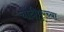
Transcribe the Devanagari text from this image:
चांदीपूरच्या